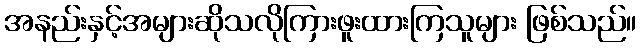
အနည်းနှင့်အများဆိုသလိုကြားဖူးထားကြသူများ ဖြစ်သည်။